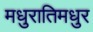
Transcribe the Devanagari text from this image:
मधुरातिमधुर